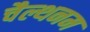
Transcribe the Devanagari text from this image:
चैल्थनम